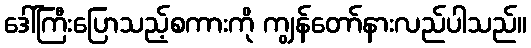
ဒေါ်ကြီးပြောသည့်စကားကို ကျွန်တော်နားလည်ပါသည်။